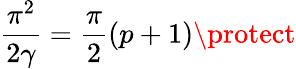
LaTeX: \frac{\pi^{2}}{2\gamma}=\frac{\pi}{2}(p+1)\protect